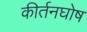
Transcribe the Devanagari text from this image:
कीर्तनघोष